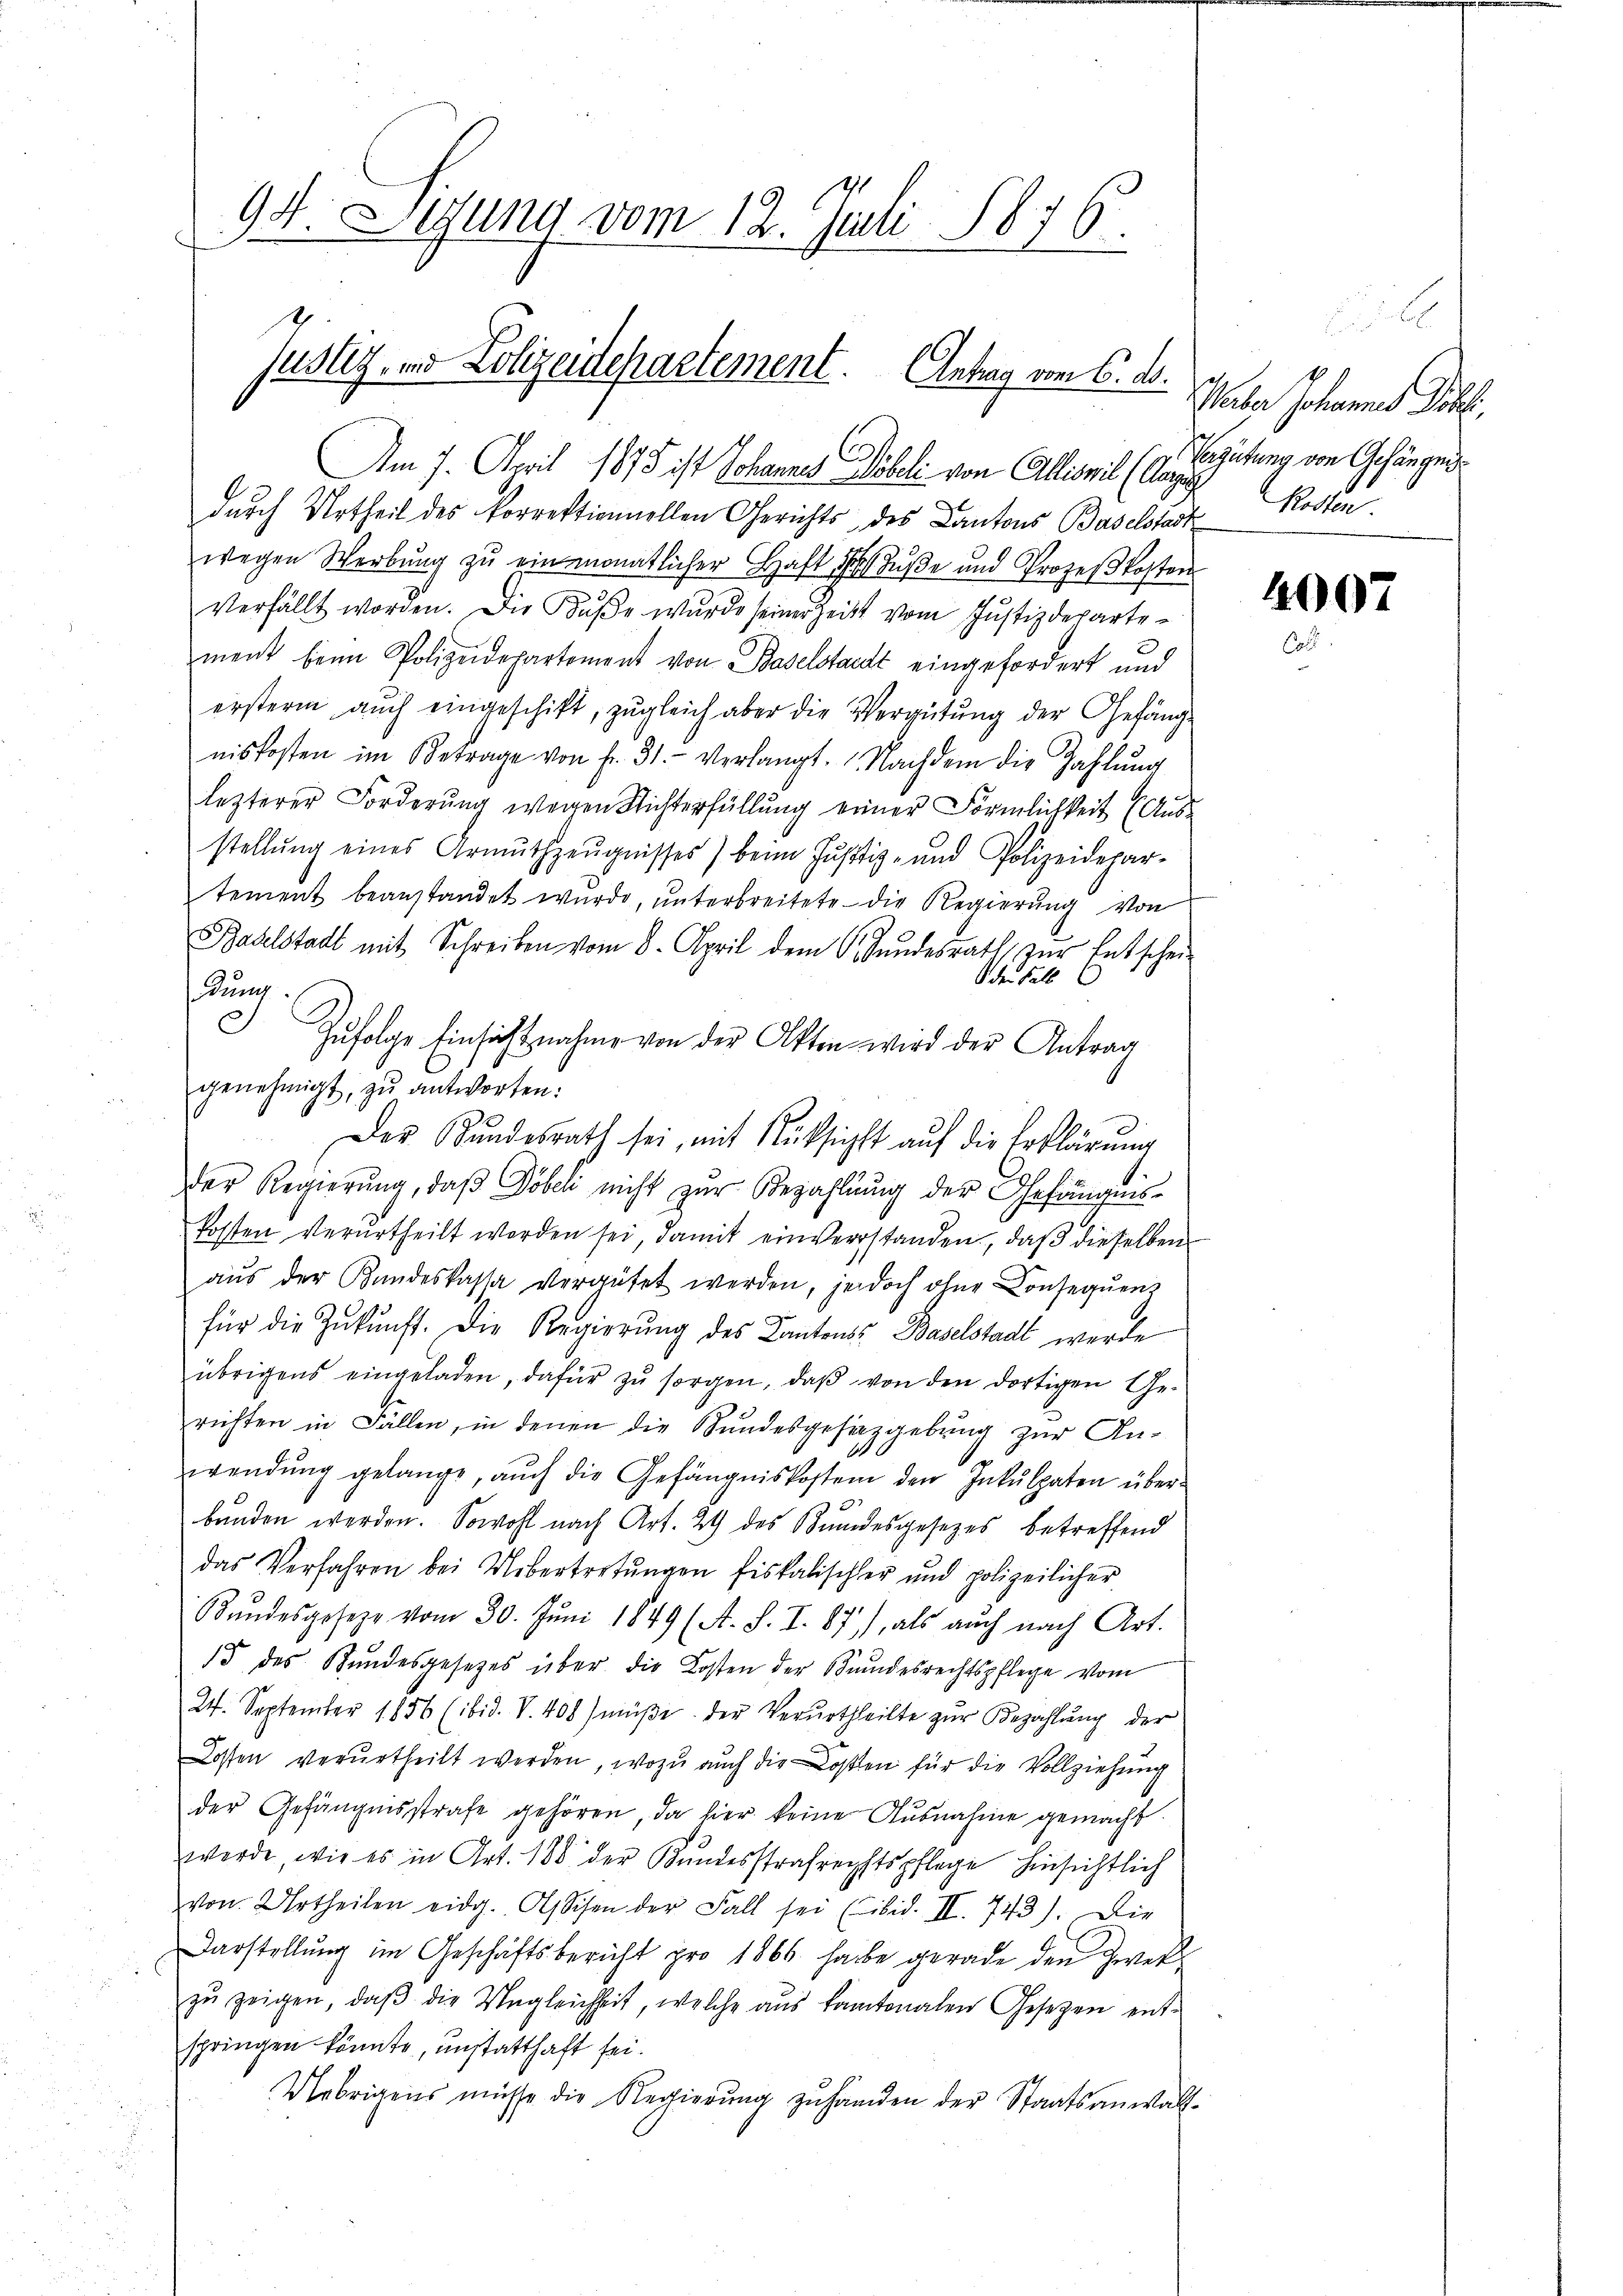
94. Segung vom 12. Juli 1876.

Justiz- und Polizeidepartement. Antrag vom 6. ds.

Am 7. April 1875 ist Johannes Tobel von Allis il (Auf Kosten.
durch Urtheil des korrektionnellen Gerichts des Cantons Baselstadt
wegen Werbŭng zŭ einmonatlicher Haft des Füße und Prozeßkosten
verfällt worden. Die Bŭβe wurde seiner Zeits vom Justizdeparte-
ment beim Polizeidepartement von Baselstadt eingefordert und
erstern aŭch eingeschift, zŭgleich aber die Vergütŭng der Gefäng-
niskosten im Betrage von fr. 31. verlangt. Nachdem die Zahlŭng
lezterer Forderung wegen Richterfüllung einer Förmlichkeit (Ausstellŭng eines Armŭthzeŭgnisses) beim Justiz- und Polizeidepar-
tement beanstandet wŭrde, ŭnterbreitete die Regierŭng von
Baselstadt mit Schreiben vom 8. April dem Stŭndesrath zŭr Entschei-
der Fall
dung.
c
Zŭfolge Einsicht nahme von der Akten wird der Antrag
genehmigt, zu antworten:
Der Bŭndesrath sei, mit Rücksicht aŭf die Erklärŭng
der Regierŭng, daβ Döbeli nicht zŭr Bezahlŭng der Gefängnis-
Posten verurtheilt worden sei, damit einverstanden, daβ dieselben
aŭs der Kundeskassa vergütet werden, jedoch ohne Conseqŭenz
für die Zŭkŭnft. Die Regierŭng des Kantons Baselstadt werde
übrigens eingeladen, dafür zu sorgen, daß von den dortigen Gerichten in Fällen, in denen die Bundesgesetzgebung zur An-
wendŭng gelange, aŭch die Gefängniskosten den Inkulpaten überbunden werden. Sowohl nach Art. 24 des Bundesgesezes betreffend
das Verfahren bei Uebertretŭngen fiskalischler und polizeilicher
Bŭndesgesetze vom 30. Jŭni 1849 (A. S. I. 87), als auch nach Art.
15 des Bundesgesetzes über die Kosten der Bundesrechtspflege vom
24. September 1856 (ibid. V. 408) müße. Der Verurtheilte zur Bezahlung der
Losten verurtheilt werden, wozu auch die Kosten für die Vollziehung
der Gefängnisstrafe gehören, da hier keine Ausnahme gemacht.
werde, wie es in Art. 188 der Kundesstrafrechtspflege hinsichtlich
von Urtheilen eidg. Alsschen der Fall sei (ibid. II. 743). Die
Darstellung im Geschäftsbericht pro 1866 habe gerade den Zweckzŭ zeigen, daβ die Ungleichheit, welche aus kantonalen Gesetzen ent-
springen könnte, unstatthaft sei.
Uebrigens müsse die Regierŭng zuhänden der Staatsanwalt-

Weber Johannes Johs.
Vergütung von Gefängnis

4007